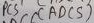
Text: ADC5